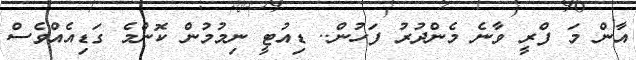
އާން މަ ފްރީ ވާނެ މެންދުރު ފަހުން.. ޑިއުޓީ ނިމުމުން ކޮންމެ ގަޑިއެއްވެސް